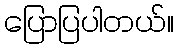
ပြောပြပါတယ်။